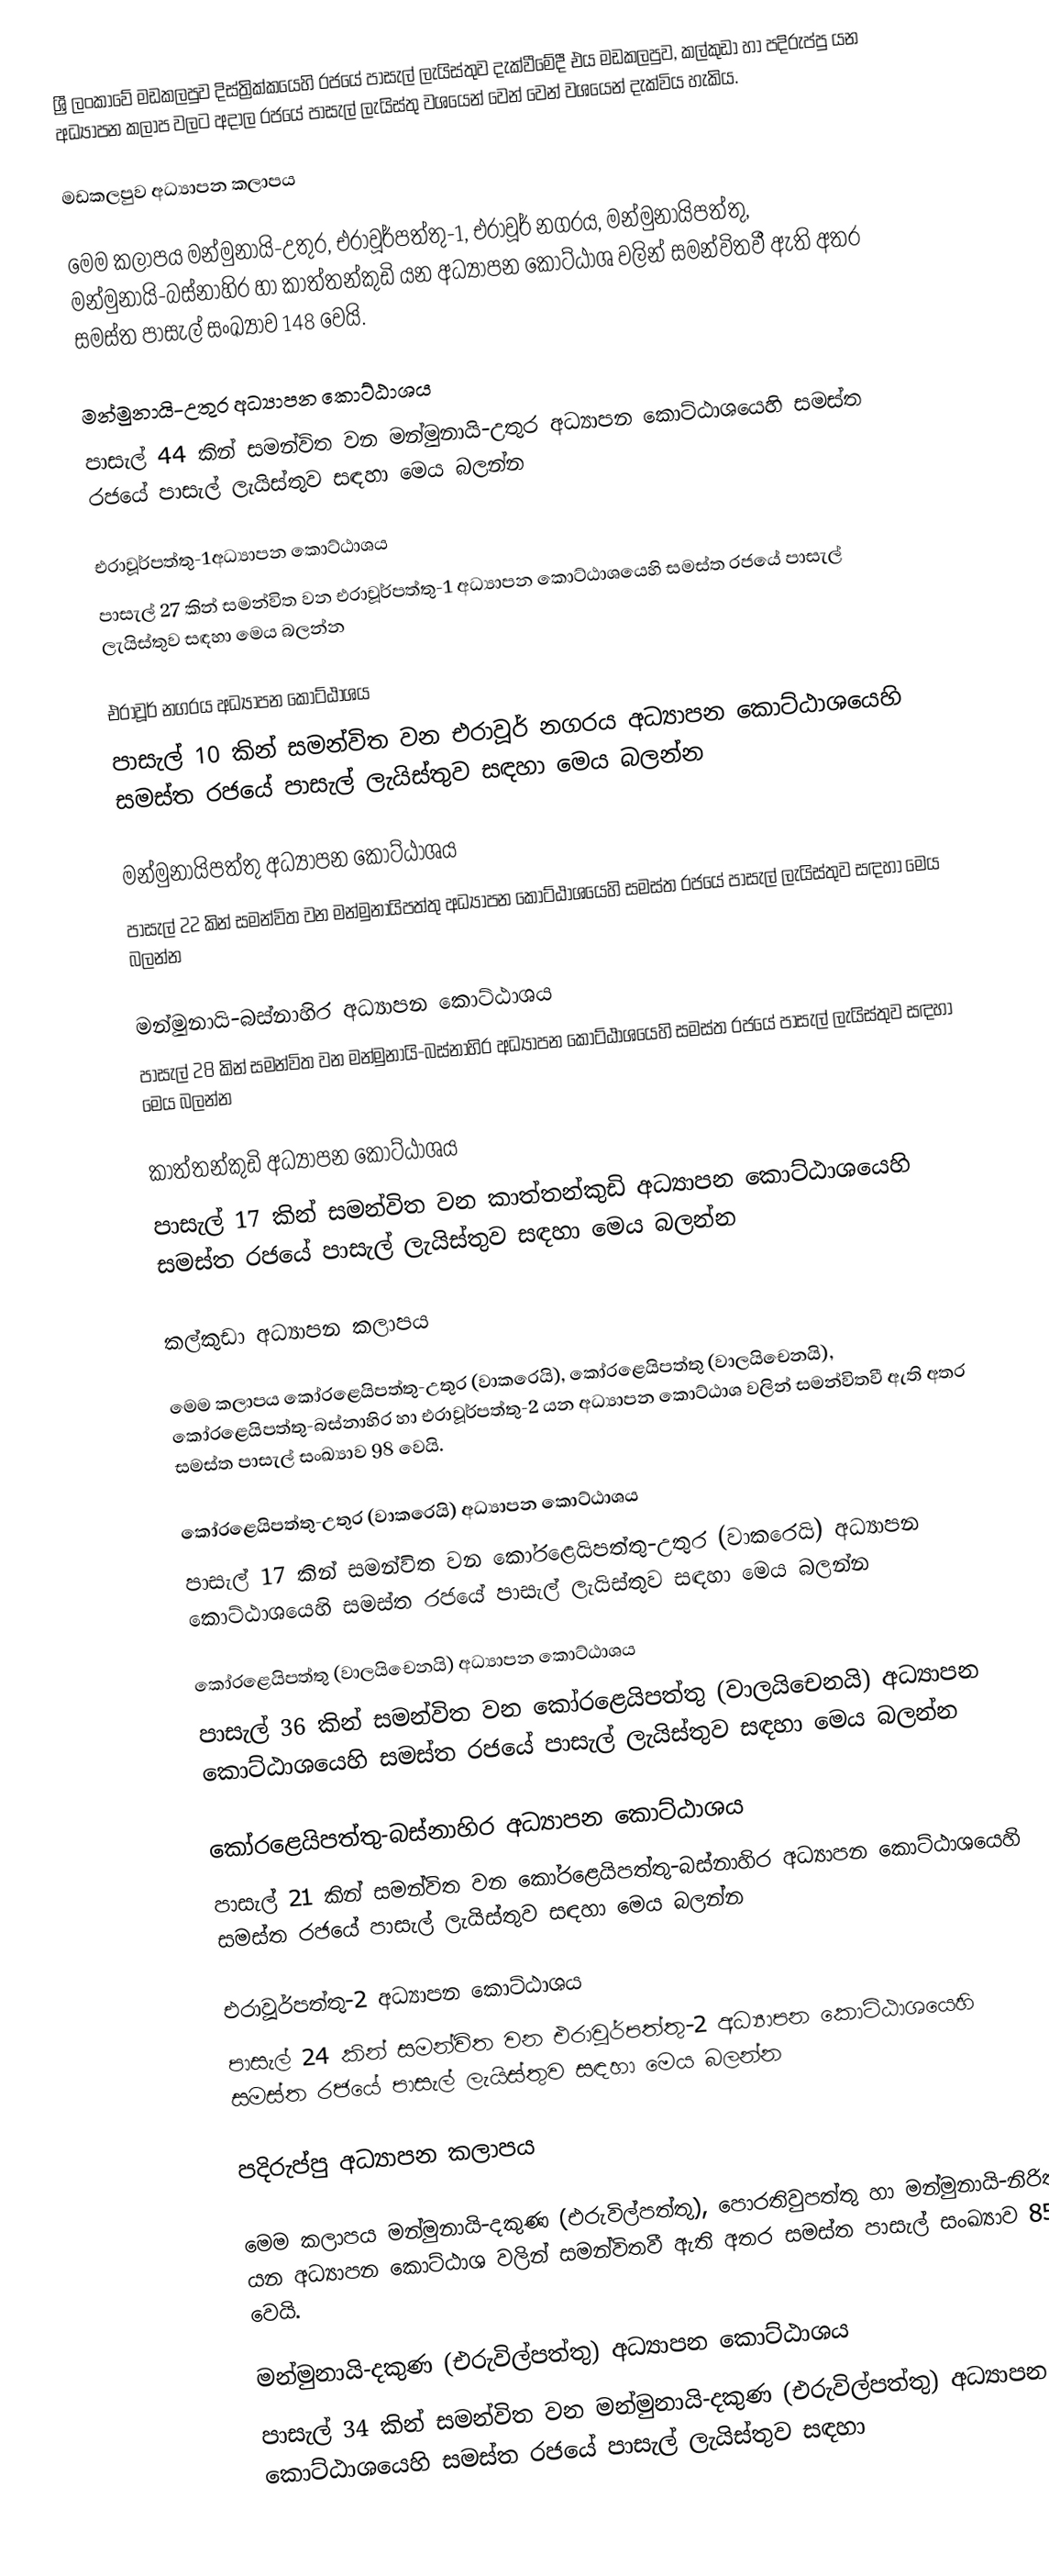
ශ්‍රී ලංකාවේ මඩකලපුව දිස්ත්‍රික්කයෙහි රජයේ පාසැල් ලැයිස්තුව දැක්වීමේදී එය මඩකලපුව, කල්කුඩා හා පදිරුප්පු යන අධ්‍යාපන කලාප  වලට අදාල රජයේ පාසැල් ලැයිස්තු වශයෙන් වෙන් වෙන් වශයෙන් දැක්විය හැකිය.

මඩකලපුව අධ්‍යාපන කලාපය

මෙම කලාපය මන්මුනායි-උතුර, එරාවූර්පත්තු-1, එරාවූර් නගරය, මන්මුනායිපත්තු, මන්මුනායි-බස්නාහිර හා කාත්තන්කුඩි යන අධ්‍යාපන කොට්ඨාශ වලින් සමන්විතවී ඇති අතර සමස්ත පාසැල් සංඛ්‍යාව 148 වෙයි.

මන්මුනායි-උතුර අධ්‍යාපන කොට්ඨාශය
පාසැල් 44 කින් සමන්විත වන මන්මුනායි-උතුර අධ්‍යාපන කොට්ඨාශයෙහි සමස්ත රජයේ පාසැල් ලැයිස්තුව සඳහා මෙය බලන්න

එරාවූර්පත්තු-1අධ්‍යාපන කොට්ඨාශය
පාසැල් 27 කින් සමන්විත වන එරාවූර්පත්තු-1 අධ්‍යාපන කොට්ඨාශයෙහි සමස්ත රජයේ පාසැල් ලැයිස්තුව සඳහා මෙය බලන්න

එරාවූර් නගරය අධ්‍යාපන කොට්ඨාශය
පාසැල් 10 කින් සමන්විත වන එරාවූර් නගරය අධ්‍යාපන කොට්ඨාශයෙහි සමස්ත රජයේ පාසැල් ලැයිස්තුව සඳහා මෙය බලන්න

මන්මුනායිපත්තු අධ්‍යාපන කොට්ඨාශය
පාසැල් 22 කින් සමන්විත වන මන්මුනායිපත්තු අධ්‍යාපන කොට්ඨාශයෙහි සමස්ත රජයේ පාසැල් ලැයිස්තුව සඳහා මෙය බලන්න

මන්මුනායි-බස්නාහිර අධ්‍යාපන කොට්ඨාශය
පාසැල් 28 කින් සමන්විත වන මන්මුනායි-බස්නාහිර අධ්‍යාපන කොට්ඨාශයෙහි සමස්ත රජයේ පාසැල් ලැයිස්තුව සඳහා මෙය බලන්න

කාත්තන්කුඩි  අධ්‍යාපන කොට්ඨාශය
පාසැල් 17 කින් සමන්විත වන කාත්තන්කුඩි  අධ්‍යාපන කොට්ඨාශයෙහි සමස්ත රජයේ පාසැල් ලැයිස්තුව සඳහා මෙය බලන්න

කල්කුඩා අධ්‍යාපන කලාපය

මෙම කලාපය කෝරළෙයිපත්තු-උතුර (වාකරෙයි), කෝරළෙයිපත්තු (වාලයිචෙනයි), කෝරළෙයිපත්තු-බස්නාහිර හා එරාවූර්පත්තු-2 යන අධ්‍යාපන කොට්ඨාශ වලින් සමන්විතවී ඇති අතර සමස්ත පාසැල් සංඛ්‍යාව 98 වෙයි.

කෝරළෙයිපත්තු-උතුර (වාකරෙයි) අධ්‍යාපන කොට්ඨාශය
පාසැල් 17 කින් සමන්විත වන කෝරළෙයිපත්තු-උතුර (වාකරෙයි) අධ්‍යාපන කොට්ඨාශයෙහි සමස්ත රජයේ පාසැල් ලැයිස්තුව සඳහා මෙය බලන්න

කෝරළෙයිපත්තු (වාලයිචෙනයි) අධ්‍යාපන කොට්ඨාශය
පාසැල් 36 කින් සමන්විත වන කෝරළෙයිපත්තු (වාලයිචෙනයි) අධ්‍යාපන කොට්ඨාශයෙහි සමස්ත රජයේ පාසැල් ලැයිස්තුව සඳහා මෙය බලන්න

කෝරළෙයිපත්තු-බස්නාහිර අධ්‍යාපන කොට්ඨාශය
පාසැල් 21 කින් සමන්විත වන කෝරළෙයිපත්තු-බස්නාහිර අධ්‍යාපන කොට්ඨාශයෙහි සමස්ත රජයේ පාසැල් ලැයිස්තුව සඳහා මෙය බලන්න

එරාවූර්පත්තු-2 අධ්‍යාපන කොට්ඨාශය
පාසැල් 24 කින් සමන්විත වන එරාවූර්පත්තු-2 අධ්‍යාපන කොට්ඨාශයෙහි සමස්ත රජයේ පාසැල් ලැයිස්තුව සඳහා මෙය බලන්න

පදිරුප්පු අධ්‍යාපන කලාපය

මෙම කලාපය මන්මුනායි-දකුණ (එරුවිල්පත්තු), පොරතිවුපත්තු හා මන්මුනායි-නිරිත යන අධ්‍යාපන කොට්ඨාශ වලින් සමන්විතවී ඇති අතර සමස්ත පාසැල් සංඛ්‍යාව 85 වෙයි.

මන්මුනායි-දකුණ (එරුවිල්පත්තු) අධ්‍යාපන කොට්ඨාශය
පාසැල් 34 කින් සමන්විත වන මන්මුනායි-දකුණ (එරුවිල්පත්තු) අධ්‍යාපන කොට්ඨාශයෙහි සමස්ත රජයේ පාසැල් ලැයිස්තුව සඳහා